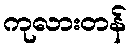
ကုလားတန်